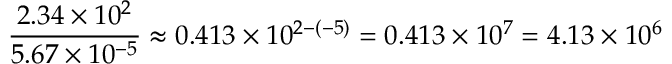
{ \frac { 2 . 3 4 \times 1 0 ^ { 2 } } { 5 . 6 7 \times 1 0 ^ { - 5 } } } \approx 0 . 4 1 3 \times 1 0 ^ { 2 - ( - 5 ) } = 0 . 4 1 3 \times 1 0 ^ { 7 } = 4 . 1 3 \times 1 0 ^ { 6 }